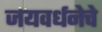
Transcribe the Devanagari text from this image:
जयवर्धनेचे